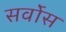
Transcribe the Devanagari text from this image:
सर्वोस